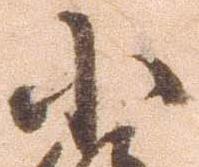
小